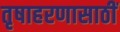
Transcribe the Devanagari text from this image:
तृषाहरणासाठीं